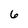
Character: 6